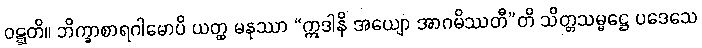
ဝဋ္ဋတိ။ ဘိက္ခာစာရဂါမောပိ ယတ္ထ မနုဿာ “ဣဒါနိ အယျော အာဂမိဿတီ”တိ သိတ္တသမ္မဋ္ဌေ ပဒေသေ